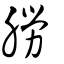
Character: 朥